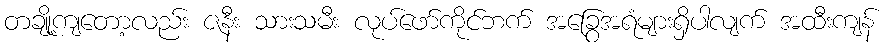
တချို့ကျတော့လည်း ဇနီး သားသမီး လုပ်ဖော်ကိုင်ဘက် အခြွေအရံများရှိပါလျက် အထီးကျန်